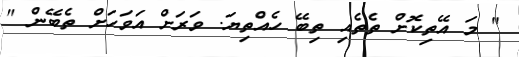
" މަ އޭތިކޮށް ތެތެއި ތިބޭ ހެއްތިޔަ. ވަރަށް އަވަހަށް ތެބޭން "